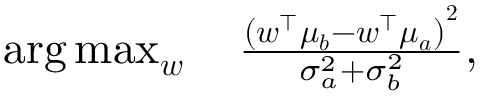
\begin{array} { r } { \arg \operatorname* { m a x } _ { \boldsymbol { w } } \quad \frac { ( \boldsymbol { w ^ { \intercal } \mu _ { b } - \boldsymbol { w ^ { \intercal } \mu _ { a } ) } ^ { 2 } } } { \sigma _ { a } ^ { 2 } + \sigma _ { b } ^ { 2 } } , } \end{array}